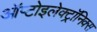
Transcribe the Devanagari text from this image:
ऑप्टोइलेक्ट्रॉनिक्स